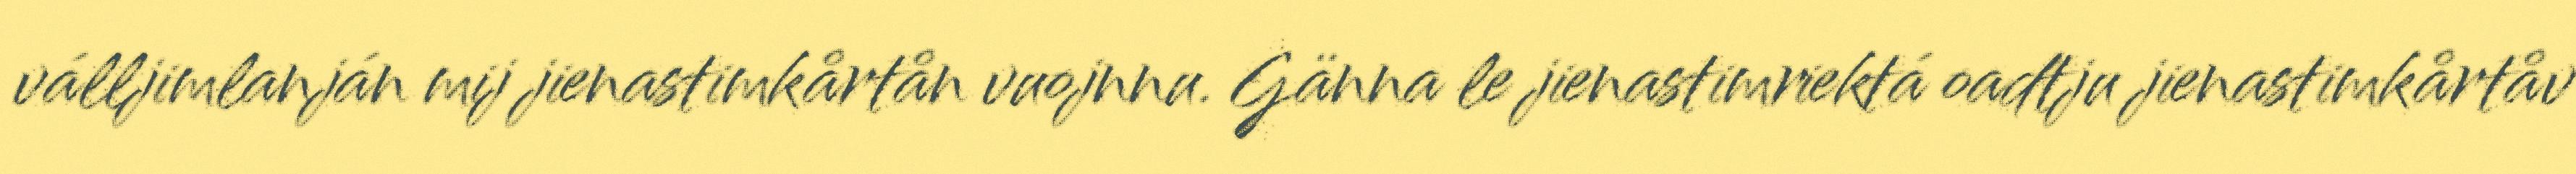
válljimlanján mij jienastimkårtån vuojnnu. Gänna le jienastimriektá oadtju jienastimkårtåv